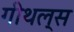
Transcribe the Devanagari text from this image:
गीथल्स